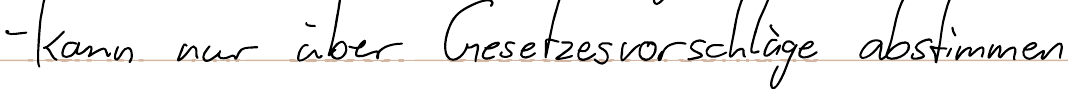
- kann nur über Gesetzesvorschläge abstimmen